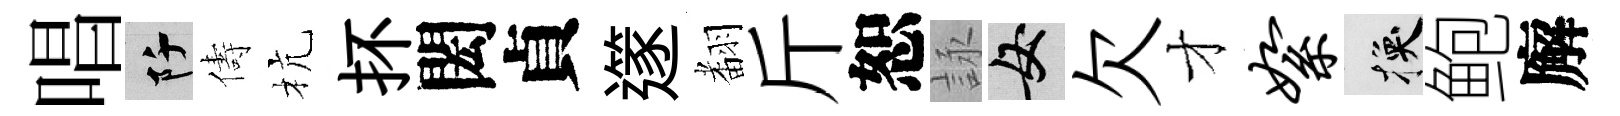
唱阡儔杭抔閎貞𨗹𮋒斤恕詠女欠才絮换鲍廨